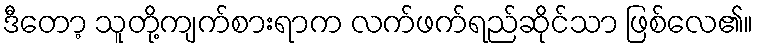
ဒီတော့ သူတို့ကျက်စားရာက လက်ဖက်ရည်ဆိုင်သာ ဖြစ်လေ၏။